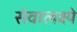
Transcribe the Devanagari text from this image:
सेवालक्ष्ये